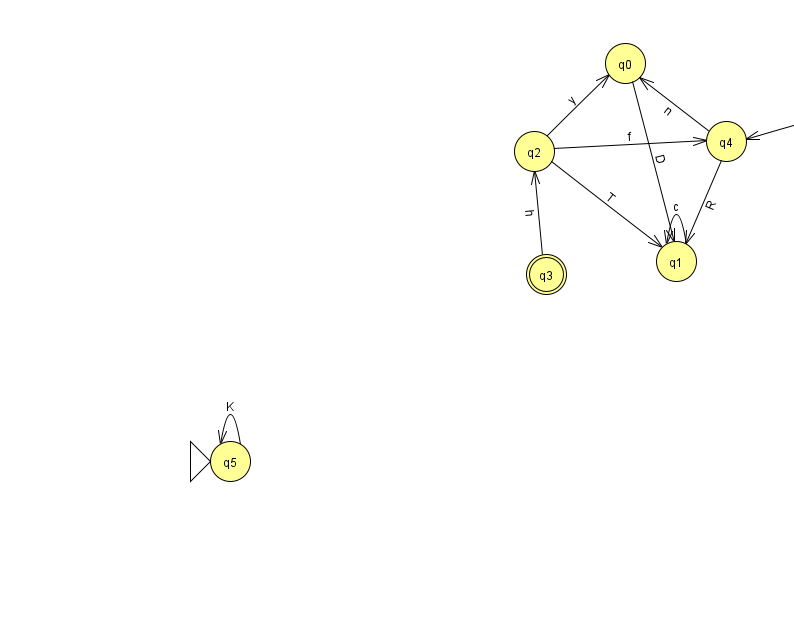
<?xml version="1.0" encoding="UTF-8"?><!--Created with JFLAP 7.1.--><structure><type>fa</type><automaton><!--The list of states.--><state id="0" name="q0"><x>625.0</x><y>50.0</y></state><state id="1" name="q1"><x>676.0</x><y>248.0</y></state><state id="2" name="q2"><x>534.0</x><y>138.0</y></state><state id="3" name="q3"><x>546.0</x><y>261.0</y><final/></state><state id="4" name="q4"><x>726.0</x><y>128.0</y></state><state id="5" name="q5"><x>230.0</x><y>448.0</y><initial/></state><state id="6" name="q6"><x>872.0</x><y>88.0</y></state><!--The list of transitions.--><transition><from>2</from><to>4</to><read>f</read></transition><transition><from>1</from><to>1</to><read>c</read></transition><transition><from>2</from><to>1</to><read>T</read></transition><transition><from>4</from><to>1</to><read>R</read></transition><transition><from>0</from><to>1</to><read>D</read></transition><transition><from>3</from><to>2</to><read>h</read></transition><transition><from>6</from><to>4</to><read>G</read></transition><transition><from>4</from><to>0</to><read>n</read></transition><transition><from>2</from><to>0</to><read>y</read></transition><transition><from>5</from><to>5</to><read>K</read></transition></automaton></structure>